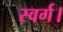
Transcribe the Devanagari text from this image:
स्वर्ग।